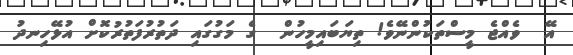
އޭ  ވެއްޖެ މީސްތަކުންނޭވެ! ތިޔަބައިމީހުން  ގެ މަގުގައި ދަތުރުފަތުރުުކޮށް އުޅޭހިނދު